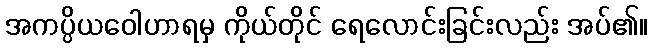
အကပ္ပိယဝေါဟာရမှ ကိုယ်တိုင် ရေလောင်းခြင်းလည်း အပ်၏။